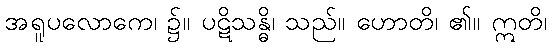
အရူပလောကေ၊ ၌။ ပဋိသန္ဓိ၊ သည်။ ဟောတိ၊ ၏။ ဣတိ၊